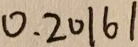
0 . 2 0 1 6 1